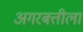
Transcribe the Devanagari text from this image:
अगरबत्तीला